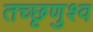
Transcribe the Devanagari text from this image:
तच्छृणुश्व